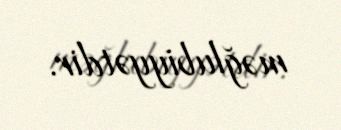
məğlubiyyətdir.